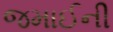
જમાઈની